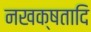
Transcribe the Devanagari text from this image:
नखक्षतादि